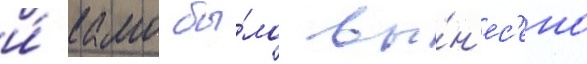
и́ камо бы́ло вы́н'ес'ено